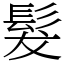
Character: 髮